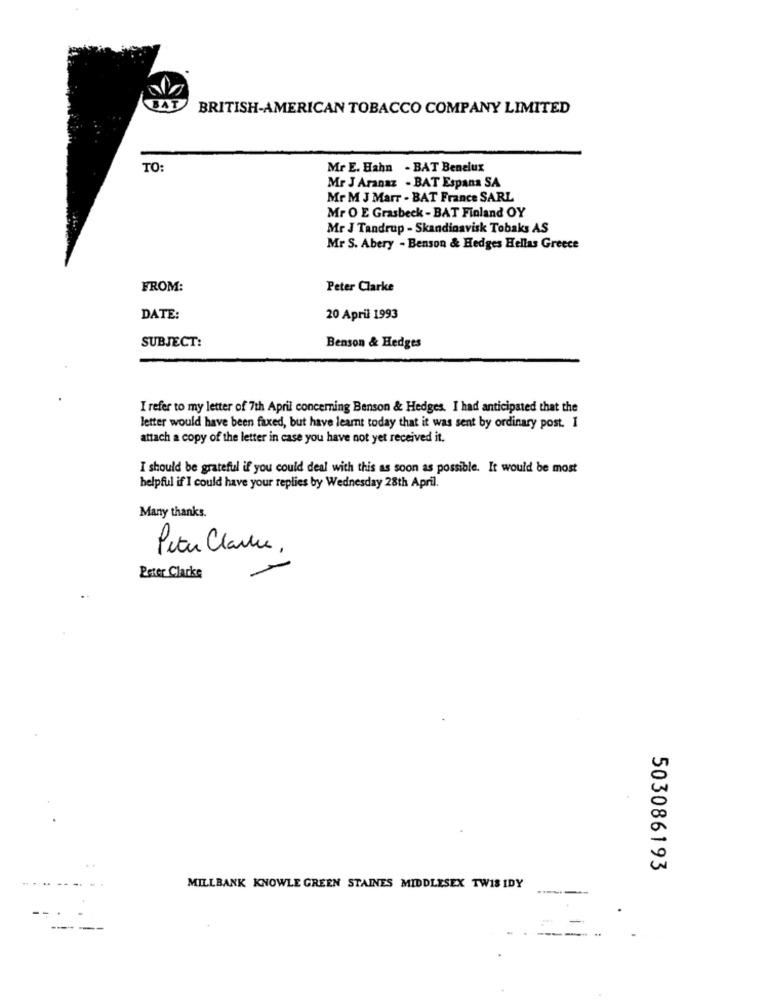
BAT
BRITISH-AMERICAN TOBACCO COMPANY LIMITED
TO:
Mr E. Hahn - BAT Benelux
Mr J Aranaz . BAT Espana SA
Mr M J Marr - BAT France SARL
Mr O E Grasbeck - BAT Finland OY
Mr J Tandrup - Skandinavisk Tobaks AS
Mr S. Abery - Benson & Hedges Hellas Greece
FROM:
Peter Clarke
DATE:
20 April 1993
SUBJECT:
Benson & Hedges
I refer to my letter of 7th April concerning Benson & Hedges. I had anticipated that the
letter would have been faxed, but have learnt today that it was sent by ordinary post. I
attach a copy of the letter in case you have not yet received it.
I should be grateful if you could deal with this as soon as possible. It would be most
helpful if I could have your replies by Wednesday 28th April.
Many thanks.
0
Petr Classe
Peter Clarke
503086193
MILLBANK KNOWLE GREEN STAINES MIDDLESEX TWIS IDY
----